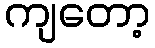
ကျတော့